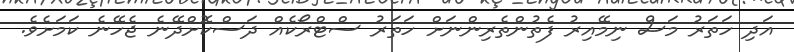
އަދި ހަތަރު މަސް ނިމޭއިރު ފެތުންތެރިންނަށް ހަތަރު ސްޓްރޯކެއް ދަސްކޮށްދޭނެ ޖެހޭނެ ކަމަށެވެ.